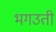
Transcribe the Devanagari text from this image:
भगउती